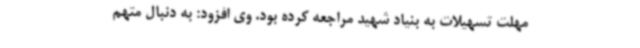
مهلت تسهیلات به بنیاد شهید مراجعه کرده بود. وی افزود: به دنبال متهم